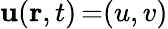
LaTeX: \mathbf{u}(\mathbf{r},t)\mathop{=}(u,v)